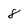
Character: 8